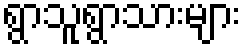
ရွာသူရွာသားများ